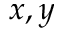
x , y